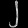
Digit: ၂